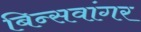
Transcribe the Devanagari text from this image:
बिन्सवांगर